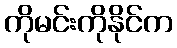
ကိုမင်းကိုနိုင်က